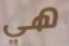
هي